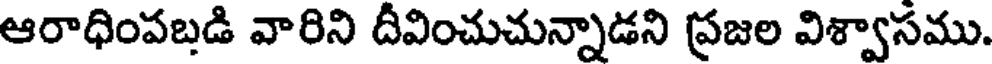
ఆరాధింపబడి వారిని దీవించుచున్నాడని ప్రజల విశ్వాసము.